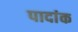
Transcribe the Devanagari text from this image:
पादांक